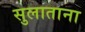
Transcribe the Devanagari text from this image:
सुलाताना